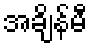
အချိန်မီ